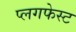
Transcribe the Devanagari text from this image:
प्लगफेस्ट